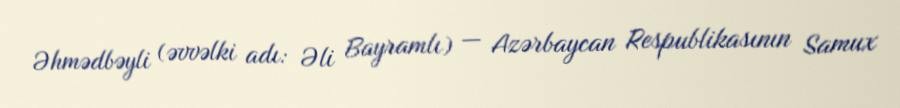
Əhmədbəyli (əvvəlki adı: Əli Bayramlı) — Azərbaycan Respublikasının Samux